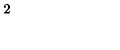
2